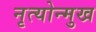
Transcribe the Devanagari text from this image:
नृत्योन्मुख